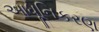
આધૂનિકરણ